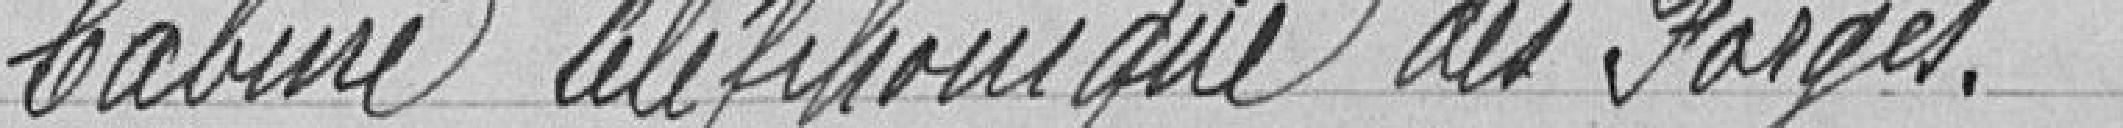
Cabine téléphonique des Forges